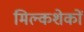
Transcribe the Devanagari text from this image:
मिल्कशेकों